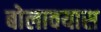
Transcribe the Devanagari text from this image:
बोलावयास